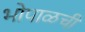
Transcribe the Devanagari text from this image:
भोपाळची